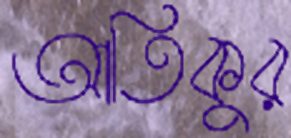
আতিকুর